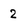
Character: 2